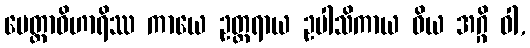
မေတ္တာဝိဟာရိဿ ကာယေ ဥတ္တရာယ ဥပါသိကာယ ဝိယ အဂ္ဂိ ဝါ,